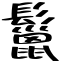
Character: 鬣